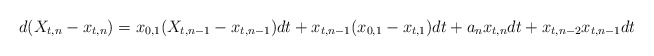
\begin{align*}d(X_{t,n} - x_{t,n}) = x_{0,1}(X_{t,n-1} - x_{t,n-1})dt + x_{t,n-1}(x_{0,1} - x_{t,1})dt + a_n x_{t,n}dt + x_{t,n-2}x_{t,n-1}dt\end{align*}